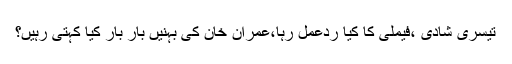
تیسری شادی ،فیملی کا کیا ردعمل رہا،عمران خان کی بہنیں بار بار کیا کہتی رہیں؟